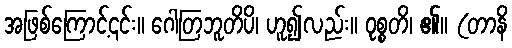
အဖြစ်ကြောင့်၎င်း။ ဂေါတြဘူတိပိ၊ ဟူ၍လည်း။ ဝုစ္စတိ၊ ၏။ (တာနိ